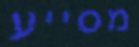
מסייע